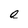
Character: e